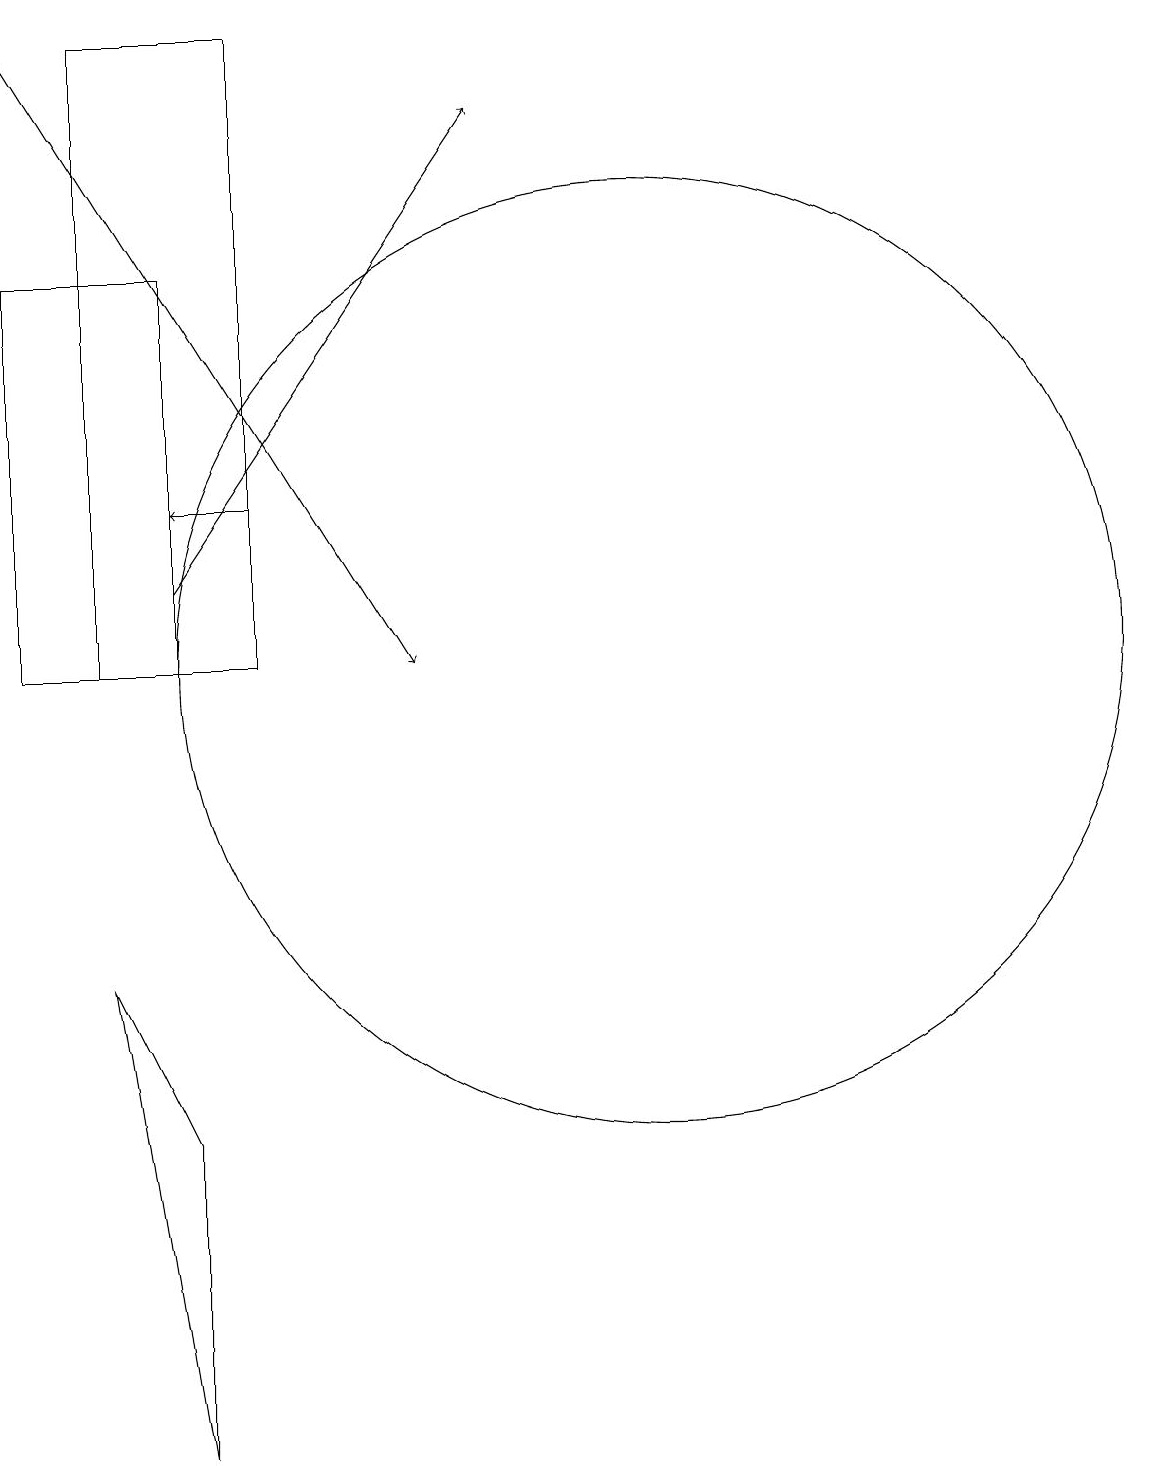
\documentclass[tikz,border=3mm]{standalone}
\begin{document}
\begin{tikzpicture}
\draw[->] (5,13) -- (4,13);
\draw (10,11) circle (6);
\draw[->] (4,12) -- (8,18);
\draw (4,16) rectangle (2,11);
\draw (3,7) -- (4,1) -- (4,5) -- cycle;
\draw (5,11) rectangle (3,19);
\draw[->] (2,19) -- (7,11);
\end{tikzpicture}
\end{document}